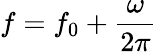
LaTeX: f=f_{0}+\frac{\omega}{2\pi}